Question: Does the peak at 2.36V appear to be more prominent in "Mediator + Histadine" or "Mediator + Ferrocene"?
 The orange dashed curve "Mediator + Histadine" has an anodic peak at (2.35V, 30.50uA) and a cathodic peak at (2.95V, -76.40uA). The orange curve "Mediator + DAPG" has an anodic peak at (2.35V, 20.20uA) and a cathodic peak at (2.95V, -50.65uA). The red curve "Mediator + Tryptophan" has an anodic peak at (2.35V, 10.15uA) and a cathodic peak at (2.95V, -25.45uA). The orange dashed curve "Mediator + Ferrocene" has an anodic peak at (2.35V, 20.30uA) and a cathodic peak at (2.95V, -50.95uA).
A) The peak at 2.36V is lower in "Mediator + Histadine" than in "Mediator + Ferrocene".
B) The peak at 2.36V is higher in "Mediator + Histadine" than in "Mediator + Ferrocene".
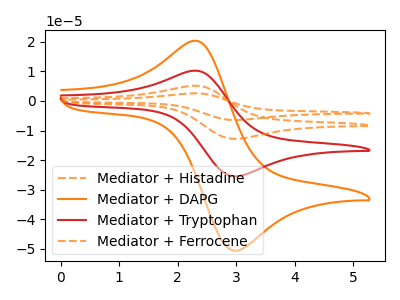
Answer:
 <answer>B) The peak at 2.36V is higher in "Mediator + Histadine" than in "Mediator + Ferrocene".</answer>
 <eval>B</eval>